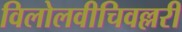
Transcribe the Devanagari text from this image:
विलोलवीचिवल्लरी